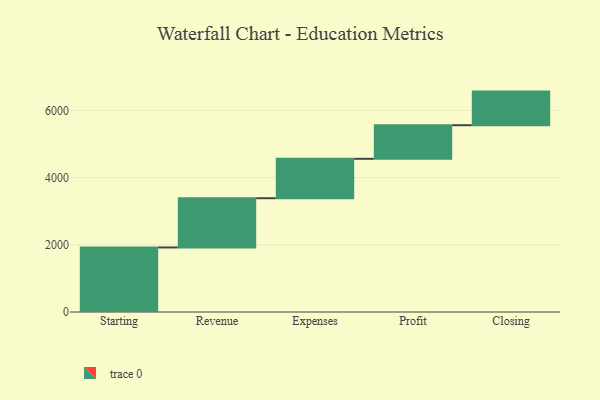
{"axis": {"x": "Step", "y": "Value"}, "legend": [""], "data": [{"x": "Starting", "y": 1921.0, "type": ""}, {"x": "Revenue", "y": 1466.0, "type": ""}, {"x": "Expenses", "y": 1173.0, "type": ""}, {"x": "Profit", "y": 1000, "type": ""}, {"x": "Closing", "y": 1000, "type": ""}]}